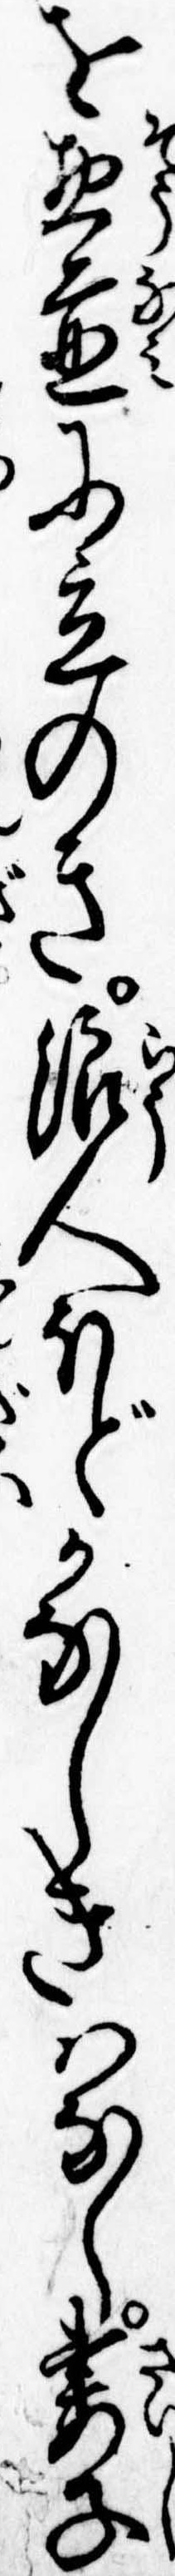
を惣並に立のき浪人ほどかなしきはなし妻子